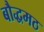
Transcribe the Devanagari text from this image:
बौद्धमठ